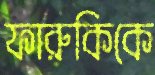
ফারুকিকে